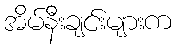
အိမ်နီးချင်းများက